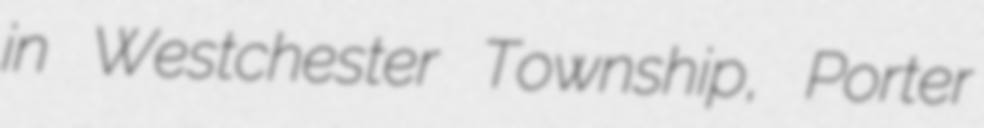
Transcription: in Westchester Township, Porter